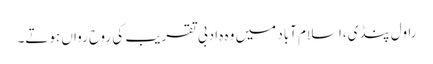
راول پنڈی،اسلام آباد میں وہ ہ ادبی تقریب کی روح رواں ہوتے۔